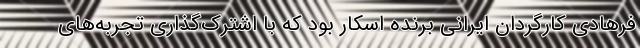
فرهادی کارگردان ایرانی برنده اسکار بود که با اشترک‌گذاری تجربه‌های